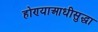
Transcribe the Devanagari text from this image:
होण्याआधीसुद्धा